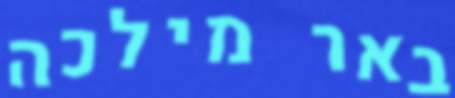
באר מילכה